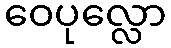
ဝေပုလ္လော